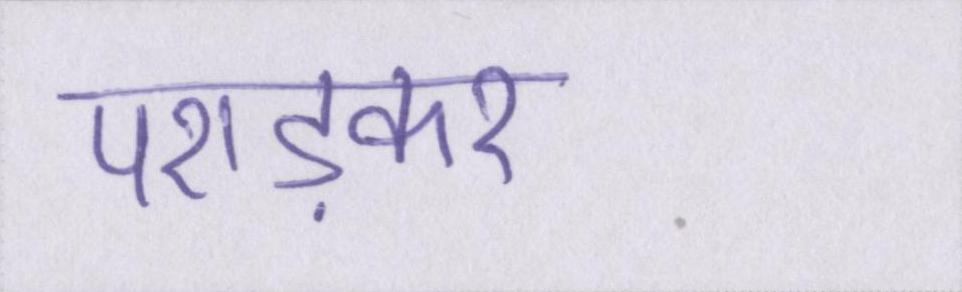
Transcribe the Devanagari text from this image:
पराड़कर